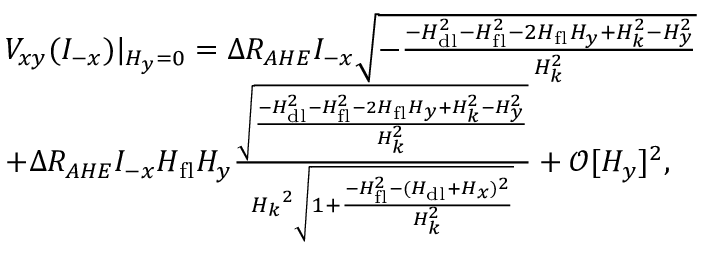
\begin{array} { r l } & { V _ { x y } ( I _ { - x } ) \lvert { _ { H _ { y } = 0 } } = \Delta R _ { A H E } I _ { - x } \sqrt { - \frac { - H _ { \mathrm { d l } } ^ { 2 } - H _ { \mathrm { f l } } ^ { 2 } - 2 H _ { \mathrm { f l } } H _ { y } + H _ { k } ^ { 2 } - H _ { y } ^ { 2 } } { H _ { k } ^ { 2 } } } } \\ & { + \Delta R _ { A H E } I _ { - x } H _ { \mathrm { f l } } H _ { y } \frac { \sqrt { \frac { - H _ { \mathrm { d l } } ^ { 2 } - H _ { \mathrm { f l } } ^ { 2 } - 2 H _ { \mathrm { f l } } H _ { y } + H _ { k } ^ { 2 } - H _ { y } ^ { 2 } } { H _ { k } ^ { 2 } } } } { { H _ { k } } ^ { 2 } \sqrt { 1 + \frac { - H _ { \mathrm { f l } } ^ { 2 } - ( H _ { \mathrm { d l } } + H _ { x } ) ^ { 2 } } { H _ { k } ^ { 2 } } } } + \mathcal { O } [ H _ { y } ] ^ { 2 } , } \end{array}